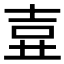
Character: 𡔦